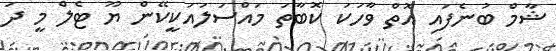
ޝާމް ބުނެފައި އޮތް ވާހަކަ ކޮބާތަ މައްސަލައަކީކޭން ޔޫ ޓެލް މީ ދަ